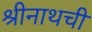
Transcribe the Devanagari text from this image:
श्रीनाथची